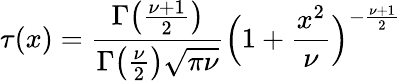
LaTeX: \tau(x)={\frac{\Gamma{\bigl(}{\frac{\nu+1}{2}}{\bigr)}}{\Gamma{\bigl(}{\frac{\nu}{2}}{\bigr)}{\sqrt{\pi\nu}}}}{\Bigl(}1+{\frac{x^{2}}{\nu}}{\Bigr)}^{-{\frac{\nu+1}{2}}}